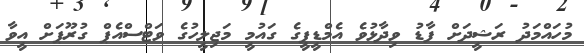
މުހައްމަދު ރަޝީދަށް ފާޑު ވިދާޅުވެ އެމްޑީޕީގެ ގައުމީ މަޖިލީހުގެ ވަޓްސްއެޕް ގުރޫޕަށް އީވާ